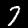
Digit: 7